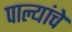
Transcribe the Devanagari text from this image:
पाल्यांचे